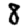
Digit: 8